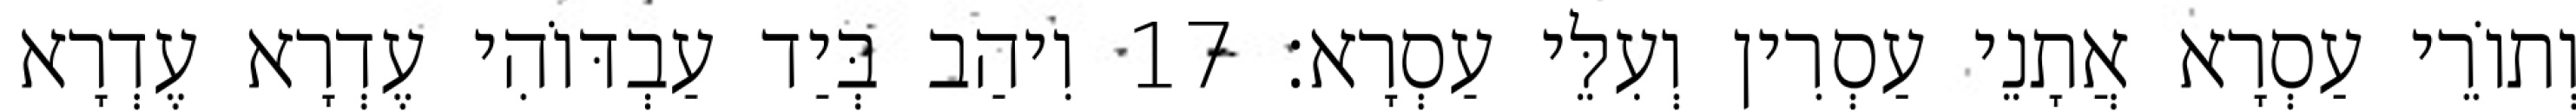
וְתוֹרֵי עַסְרָא אֲתָנֵי עַסְרִין וְעִלֵּי עַסְרָא׃ 17 וִיהַב בְּיַד עַבְדּוֹהִי עֶדְרָא עֶדְרָא